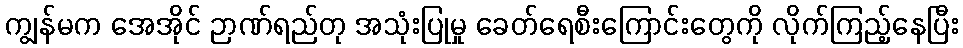
ကျွန်မက အေအိုင် ဉာဏ်ရည်တု အသုံးပြုမှု ခေတ်ရေစီးကြောင်းတွေကို လိုက်ကြည့်နေပြီး